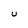
Character: U